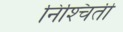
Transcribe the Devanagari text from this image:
निश्‍चिती